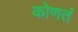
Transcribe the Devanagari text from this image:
कोणतं